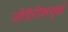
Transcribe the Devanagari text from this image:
जीवैरीशसृष्टं